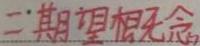
二、期望相关概念